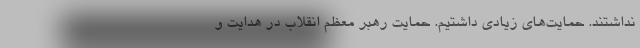
نداشتند. حمایت‌های زیادی داشتیم. حمایت رهبر معظم انقلاب در هدایت و